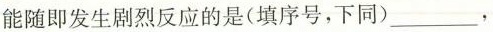
能随即发生剧烈反应的是(填序号，下同)___，